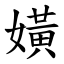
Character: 嫹